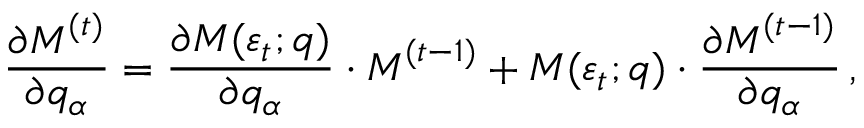
\frac { \partial \boldsymbol { M } ^ { ( t ) } } { \partial q _ { \alpha } } = \frac { \partial \boldsymbol { M } ( \varepsilon _ { t } ; \boldsymbol { q } ) } { \partial q _ { \alpha } } \cdot \boldsymbol { M } ^ { ( t - 1 ) } + \boldsymbol { M } ( \varepsilon _ { t } ; \boldsymbol { q } ) \cdot \frac { \partial \boldsymbol { M } ^ { ( t - 1 ) } } { \partial q _ { \alpha } } \, ,